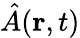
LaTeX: \hat{A}({\mathbf r},t)